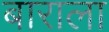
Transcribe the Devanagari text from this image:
बाराला